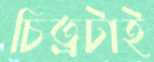
চিত্রটাই